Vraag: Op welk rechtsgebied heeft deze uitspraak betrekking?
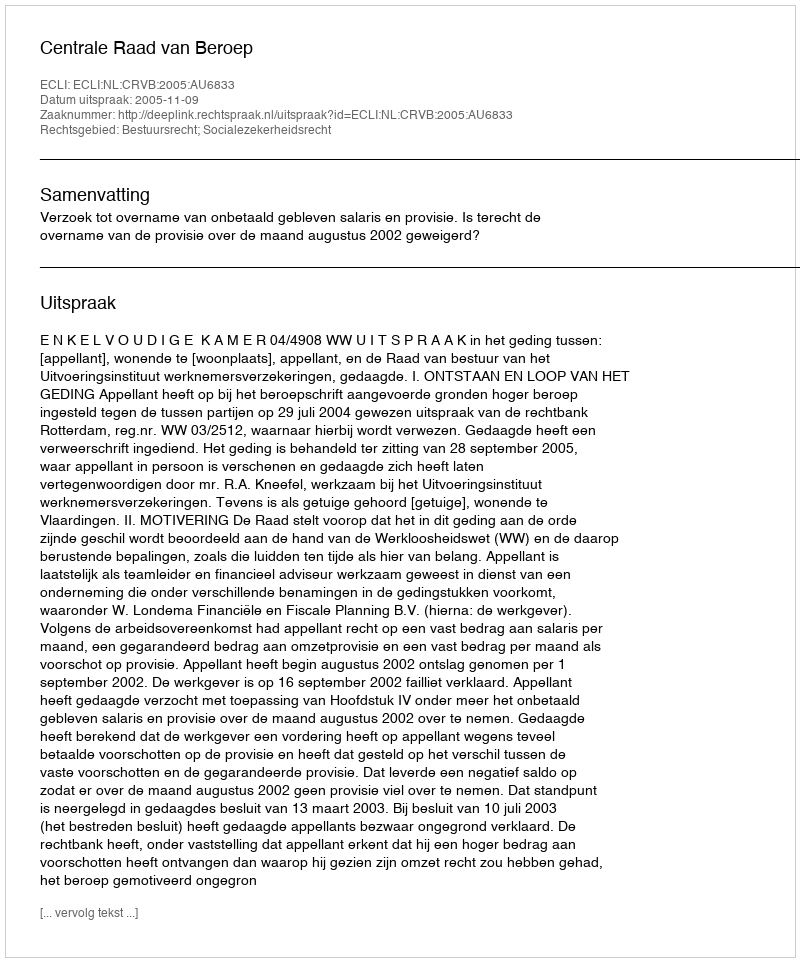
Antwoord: Bestuursrecht; Socialezekerheidsrecht